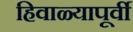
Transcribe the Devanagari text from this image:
हिवाळ्यापूर्वी